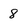
Character: 8